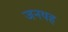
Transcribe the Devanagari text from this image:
जनयह